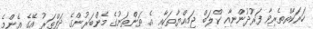
ހަރަކާތްތެރިވާ ފަރުދުންނާއި ކްލަބް ޖަމިއްޔާތަކާއި އެ ތަންތަނުގެ މެންބަރުންގެ ދަފްތަރު އޭގެ އެންމެ